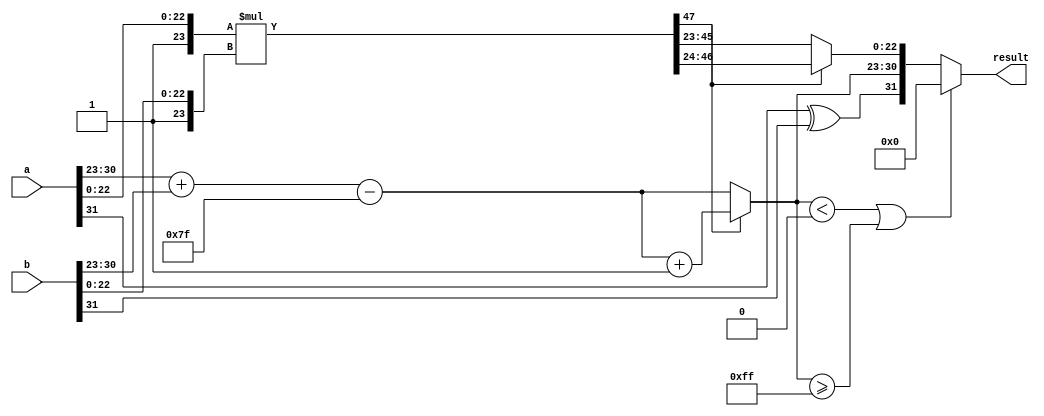
module fp_mul32(
    input wire [31:0] a,
    input wire [31:0] b,
    output reg [31:0] result
);

    // Lgica de signos
    wire signA, signB, signOut;
    assign signA = a[31];
    assign signB = b[31];
    assign signOut = signA ^ signB;

    // Lgica de exponentes
    wire [7:0] expA, expB;
    wire [8:0] expSum;
    assign expA = a[30:23];
    assign expB = b[30:23];
    assign expSum = expA + expB - 8'd127;

    // Lgica de mantissas 
    wire [22:0] mantA, mantB;
    assign mantA = a[22:0];
    assign mantB = b[22:0];

    wire [23:0] completeMantA, completeMantB;
    assign completeMantA = {1'b1, mantA};
    assign completeMantB = {1'b1, mantB};

    // Multiplicacin de mantisas
    wire [47:0] mantProduct;
    assign mantProduct = completeMantA * completeMantB;

    // Normalizacin del producto
    reg [22:0] mantOut;
    reg [7:0] expOut;
    always @(*) begin
        if (mantProduct[47] == 1) begin
            mantOut = mantProduct[46:24]; // Mantisa normalizada
            expOut = expSum[7:0] + 1; // Ajustar el exponente
        end else begin
            mantOut = mantProduct[45:23];
            expOut = expSum[7:0];
        end
    end
    

     // Construccin del resultado final
    always @(*) begin
        if (expOut < 0 || expOut >= 255) begin
            result = 32'b0; // Underflow o overflow
        end else begin
            result = {signOut, expOut, mantOut};
        end
    end

endmodule